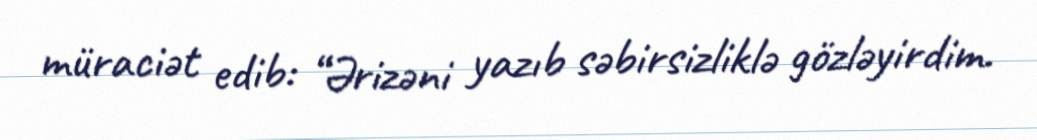
müraciət edib: “Ərizəni yazıb səbirsizliklə gözləyirdim.